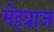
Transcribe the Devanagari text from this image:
मेहत्राज